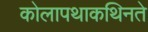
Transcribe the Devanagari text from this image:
कोलापथाकथिनते